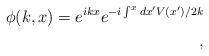
LaTeX: \begin{align*}\phi(k,x)=e^{ikx}e^{-i\int^x dx^{\prime}V(x^{\prime})/2k} \\ ,\end{align*}